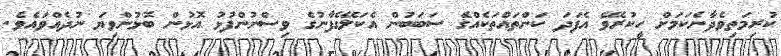
ކުރިމަތިވެދާނެކަމަށް ހީކުރެވޭ އެފަދަ ކަންތައްތަކެއްގެ ސަބަބުން އެކަލޭގެފާނުގެ ވިސްނުންފުޅު އޮޅުން ބޮޅުންވިޔަ ނުދެއްވައެވެ.